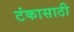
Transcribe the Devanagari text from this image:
टंकासाठी